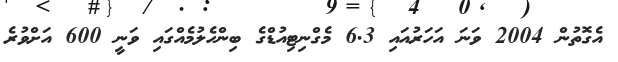
އެގޮތުން 2004 ވަނަ އަހަރުއައި 6.3 މެގްނިޓިއުޑްގެ ބިންހެލުމެއްގައި ވަނީ 600 އަށްވުރެ